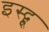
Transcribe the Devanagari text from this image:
इस्द्हू